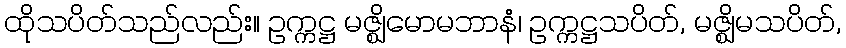
ထိုသပိတ်သည်လည်း။ ဥက္ကဋ္ဌ မဇ္ဈိမောမဘာနံ၊ ဥက္ကဋ္ဌသပိတ်, မဇ္ဈိမသပိတ်,